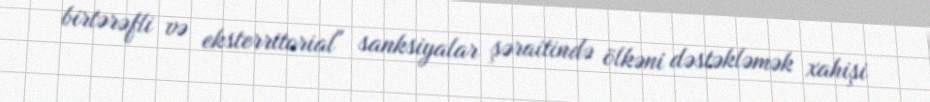
birtərəfli və eksterritorial" sanksiyalar şəraitində ölkəni dəstəkləmək xahişi